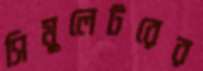
সিমুলেটরের